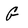
Character: G